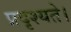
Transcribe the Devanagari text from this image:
प्रदृश्यते।